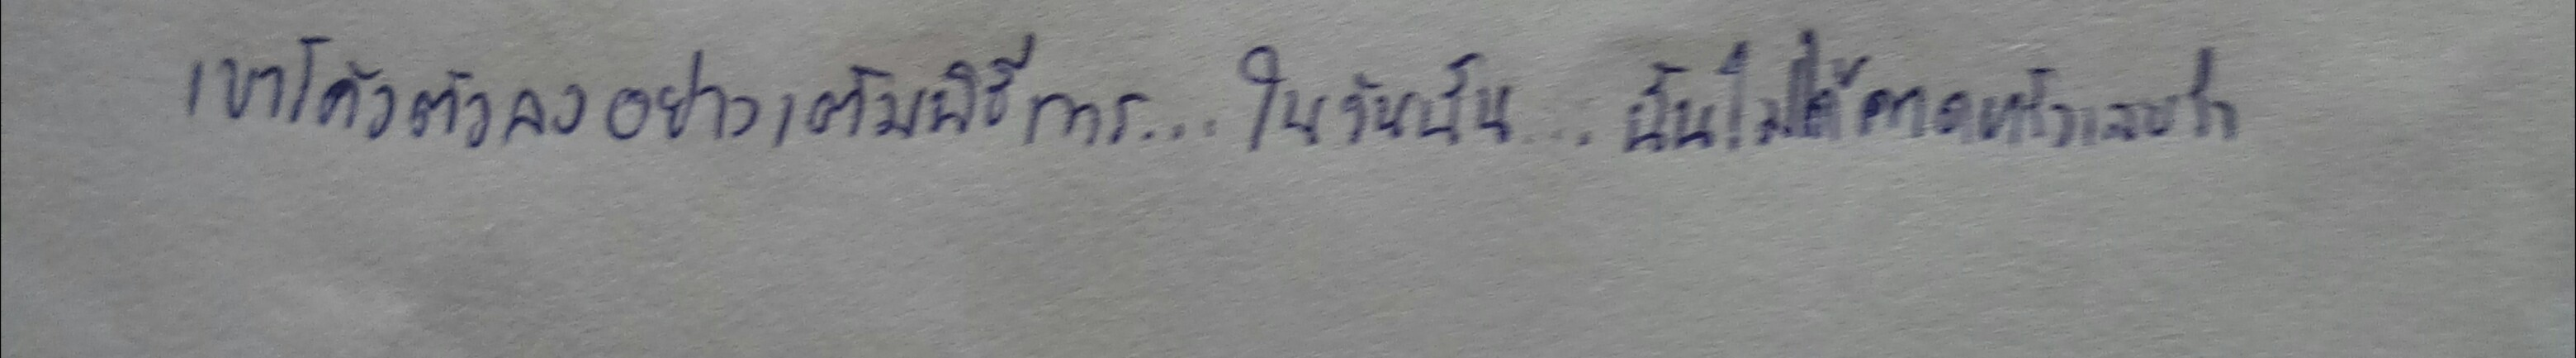
เขาโค้งตัวลงอย่างเต็มพิธีการ...ในวันนั้น...ฉันไม่ได้คาดหวังเลยว่า